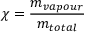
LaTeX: \chi = { \frac { m _ { v a p o u r } } { m _ { t o t a l } } }